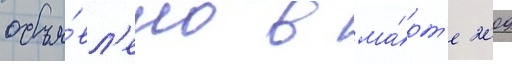
объя́вл'ено в ма́рт'е 2009